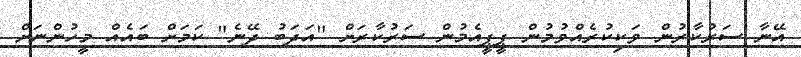
އޭނާ ސަރުކާރުން ވަކިކުރެއްވުމުން ޕީޕީއެމުން ސަރުކާރަށް "އަދަބު ދޭނެ" ކަމަށް ބައެއް މީހުންނަށް